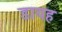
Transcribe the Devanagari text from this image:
डायह